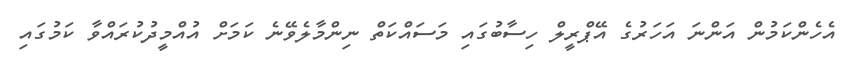
އެހެންކަމުން އަންނަ އަހަރުގެ އޭޕްރީލް ހިސާބުގައި މަސައްކަތް ނިންމާލެވޭނެ ކަމަށް އުއްމީދުކުރައްވާ ކަމުގައި